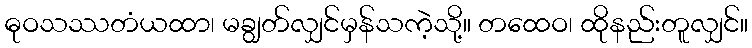
ဓုဝသဿတံယထာ၊ မချွတ်လျှင်မှန်သကဲ့သို့။ တထေဝ၊ ထိုနည်းတူလျှင်။